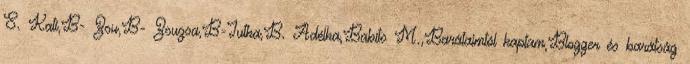
S. Kati,B- Zsu,B- Zsuzsa,B-Jutka,B. Adélka,Babits M.,Barátaimtól kaptam,Blogger és barátság